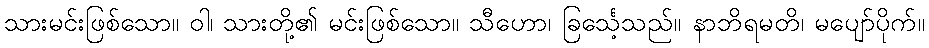
သားမင်းဖြစ်သော။ ဝါ၊ သားတို့၏ မင်းဖြစ်သော။ သီဟော၊ ခြင်္သေ့သည်။ နာဘိရမတိ၊ မပျော်ပိုက်။